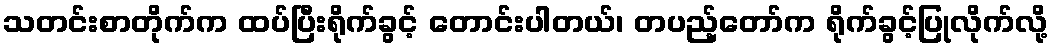
သတင်းစာတိုက်က ထပ်ပြီးရိုက်ခွင့် တောင်းပါတယ်၊ တပည့်တော်က ရိုက်ခွင့်ပြုလိုက်လို့